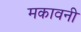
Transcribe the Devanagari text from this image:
मकावनी